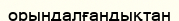
орындалғандықтан